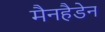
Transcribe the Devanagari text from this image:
मैनहैडेन